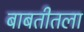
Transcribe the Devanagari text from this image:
बाबतीतला